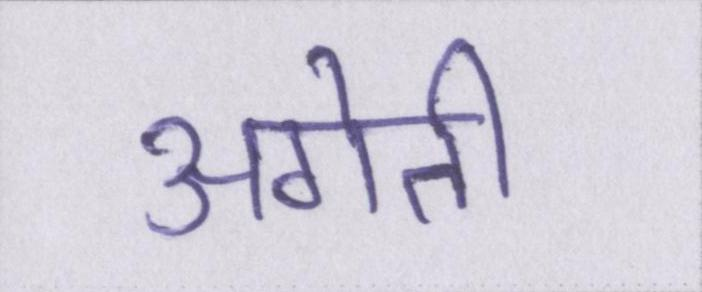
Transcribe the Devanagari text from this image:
अगेती